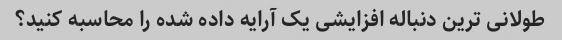
طولانی ترین دنباله افزایشی یک آرایه داده شده را محاسبه کنید؟